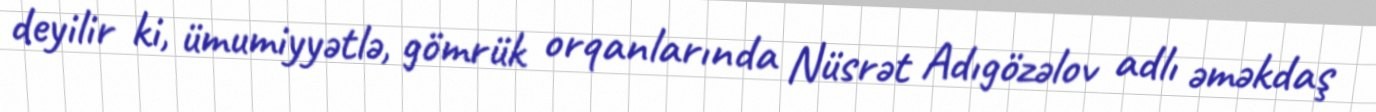
deyilir ki, ümumiyyətlə, gömrük orqanlarında Nüsrət Adıgözəlov adlı əməkdaş